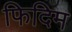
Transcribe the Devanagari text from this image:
फिदिम